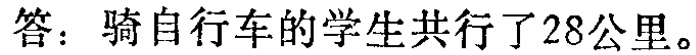
答：骑自行车的学生共行了28公里。